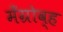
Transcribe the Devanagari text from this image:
मँग्रोव्ह